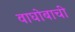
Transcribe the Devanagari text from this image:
वाघोबाची